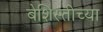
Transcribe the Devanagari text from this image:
बेशिस्तीच्या